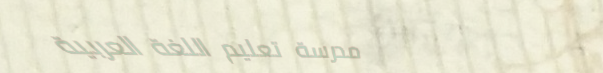
مدرسة تعليم اللغة العربية